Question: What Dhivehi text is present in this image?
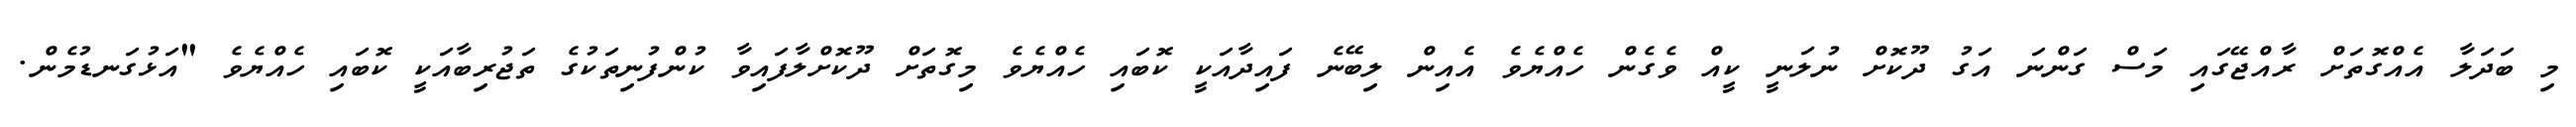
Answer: މި ބަދަލާ އެއްގޮތަށް ރާއްޖޭގައި މަސް ގަންނަ އަގު ދޫކޮށް ނުލަނީ ކީއް ވެގެން ހެއްޔެވެ އެއިން ލިބޭނެ ފައިދާއަކީ ކޮބައި ހެއްޔެވެ މިގޮތަށް ދޫކޮށްލާފައިވާ ކުންފުނިތަކުގެ ތަޖުރިބާއަކީ ކޮބައި ހެއްޔެވެ "އަޅުގަނޑުމެން.